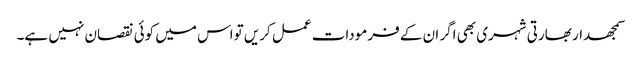
سمجھدار بھارتی شہری بھی اگر ان کے فرمودات عمل کریں تواس میں کوئی نقصان نہیں ہے۔